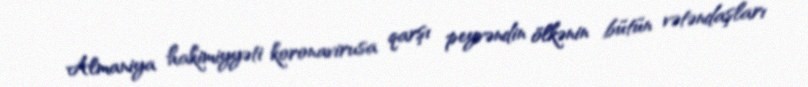
Almaniya hakimiyyəti koronavirusa qarşı peyvəndin ölkənin bütün vətəndaşları